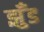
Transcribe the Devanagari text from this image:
झुँड